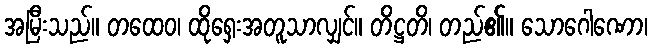
အမြီးသည်။ တထေဝ၊ ထိုရှေးအတူသာလျှင်။ တိဋ္ဌတိ၊ တည်၏။ သောဂေါဏော၊